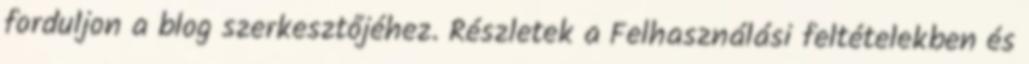
forduljon a blog szerkesztőjéhez. Részletek a Felhasználási feltételekben és